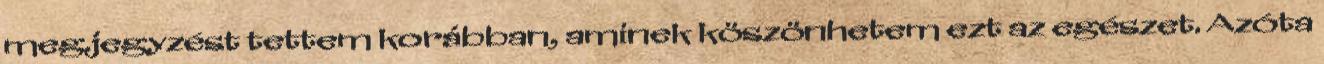
megjegyzést tettem korábban, aminek köszönhetem ezt az egészet. Azóta